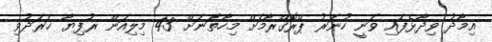
އިމާދު ވިދާޅެފައި ވަނީ ހުނަރު ޕްރޮގްރާމަށް މިހާތަނަށް 43 މިލިއަން ރުފިޔާ ޚަރަދުވި